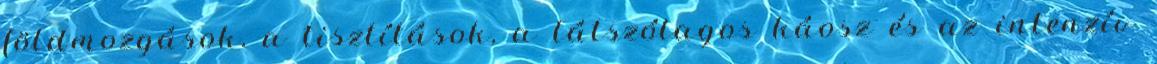
földmozgások, a tisztítások, a látszólagos káosz és az intenzív